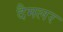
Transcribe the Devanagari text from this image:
दैमलर